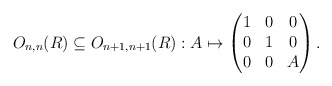
\begin{align*}O_{n,n}(R) \subseteq O_{n+1, n+1}(R) : A \mapsto \begin{pmatrix}1 & 0 & 0 \\0 & 1 & 0 \\0 & 0 & A\end{pmatrix}.\end{align*}